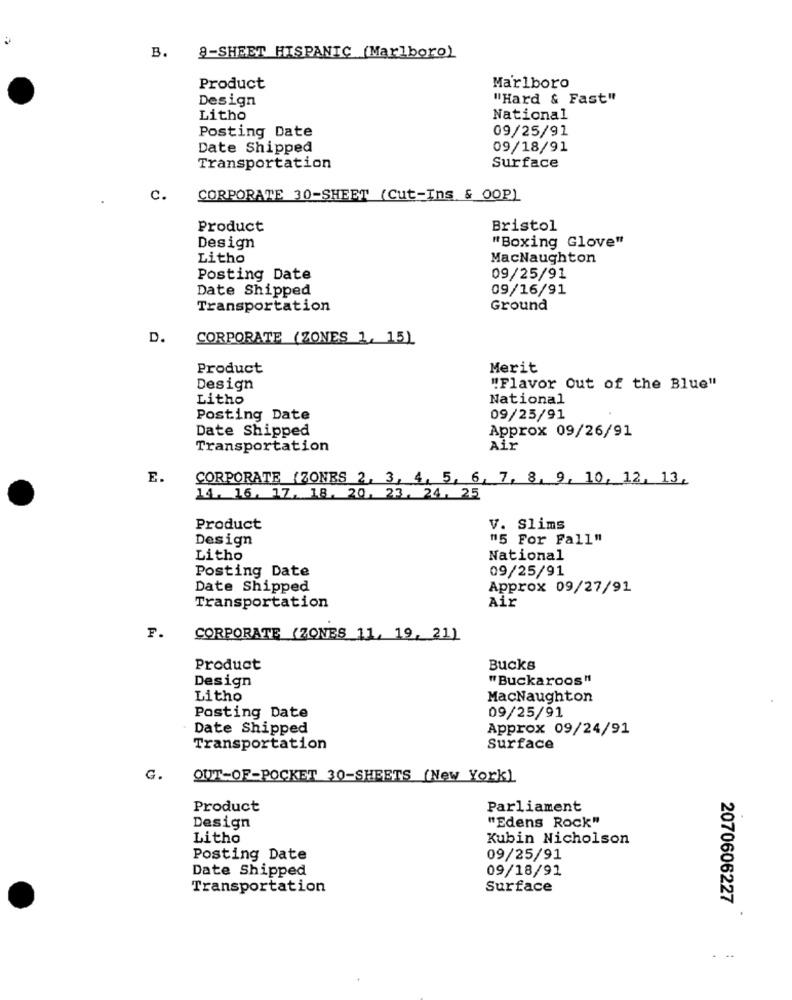
B. 9-SHEET HISPANIC (Marlboro)
Product
Marlboro
Design
"Hard & Fast"
Litho
National
09/25/91
Posting Date
Date Shipped
09/18/91
Transportation
Surface
c.
CORPORATE 30-SHEET (Cut-Ins & OOP)
Product
Bristol
"Boxing Glove"
Design
Litho
MacNaughton
Posting Date
09/25/91
Date Shipped
09/16/91
Transportation
Ground
D.
CORPORATE (ZONES 1, 15)
Product
Merit
Design
"Flavor Out of the Blue"
Litho
National
Posting Date
09/25/91
Date Shipped
Approx 09/26/91
Transportation
Air
E.
CORPORATE (ZONES 2, 3, 4, 5, 6, 7, 8, 9, 10, 12, 13,
14. 16, 17, 18, 20, 23, 24, 25
Product
V. Slims
Design
"15 For Fall"
Litho
National
Posting Date
09/25/91
Date Shipped
Approx 09/27/91
Transportation
Air
F.
CORPORATE (ZONES 11, 19, 21)
Product
Bucks
Design
"Buckaroos"
Litho
MacNaughton
Posting Date
09/25/91
Date Shipped
Approx 09/24/91
Transportation
Surface
G.
OUT-OF-POCKET 30-SHEETS (New York)
Product
Parliament
Design
"Edens Rock"
Litho
Kubin Nicholson
Posting Date
09/25/91
Date Shipped
09/18/91
Transportation
Surface
2070606227